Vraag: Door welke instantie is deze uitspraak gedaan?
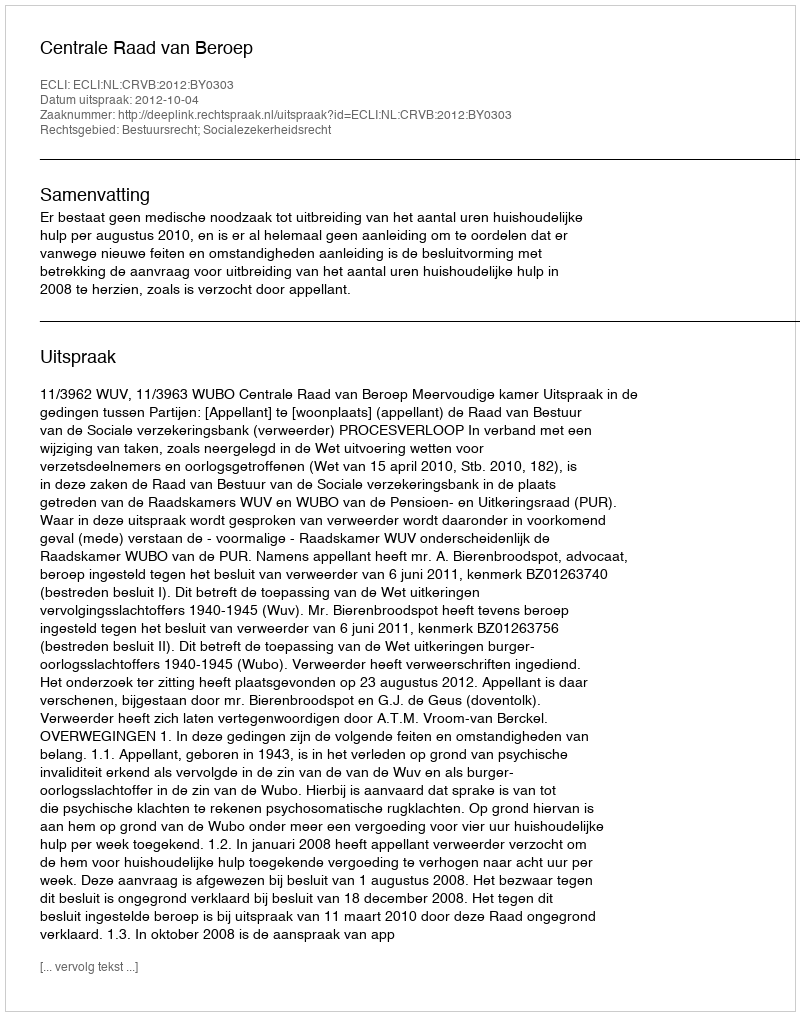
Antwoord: Centrale Raad van Beroep